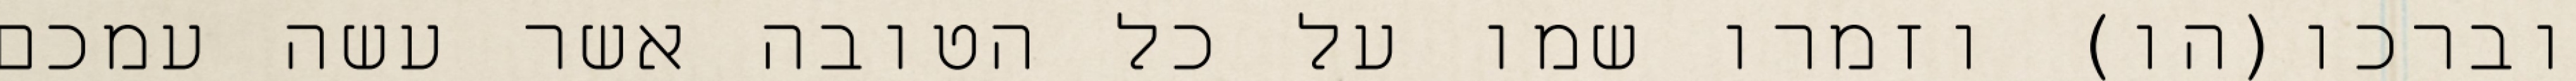
וברכו(הו) וזמרו שמו על כל הטובה אשר עשה עמכם